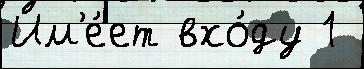
Им'е́ет вхо́ду 1